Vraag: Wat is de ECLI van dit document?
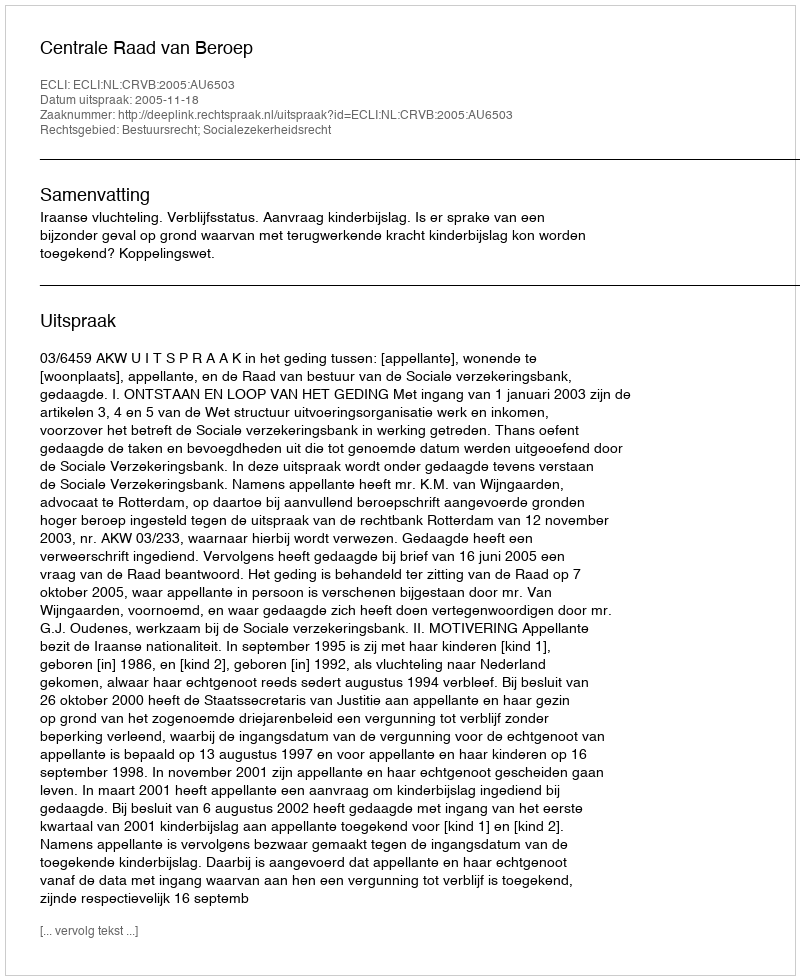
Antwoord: ECLI:NL:CRVB:2005:AU6503